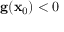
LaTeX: \mathbf { g } ( \mathbf { x } _ { 0 } ) < 0